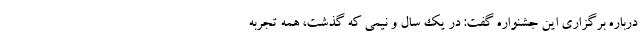
درباره برگزاری این جشنواره گفت: در یک سال و نیمی که گذشت، همه تجربه